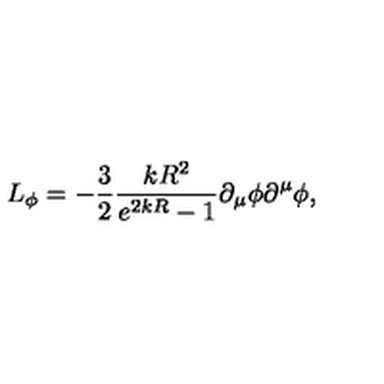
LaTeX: L _ { \phi } = - \frac { 3 } { 2 } \frac { k R ^ { 2 } } { e ^ { 2 k R } - 1 } \partial _ { \mu } \phi \partial ^ { \mu } \phi ,